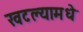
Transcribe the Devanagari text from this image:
खटल्यामधे